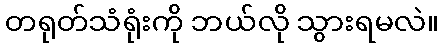
တရုတ်သံရုံးကို ဘယ်လို သွားရမလဲ။